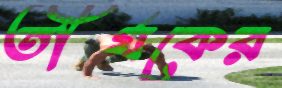
তীর্যকের